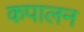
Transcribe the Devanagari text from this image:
कपालन